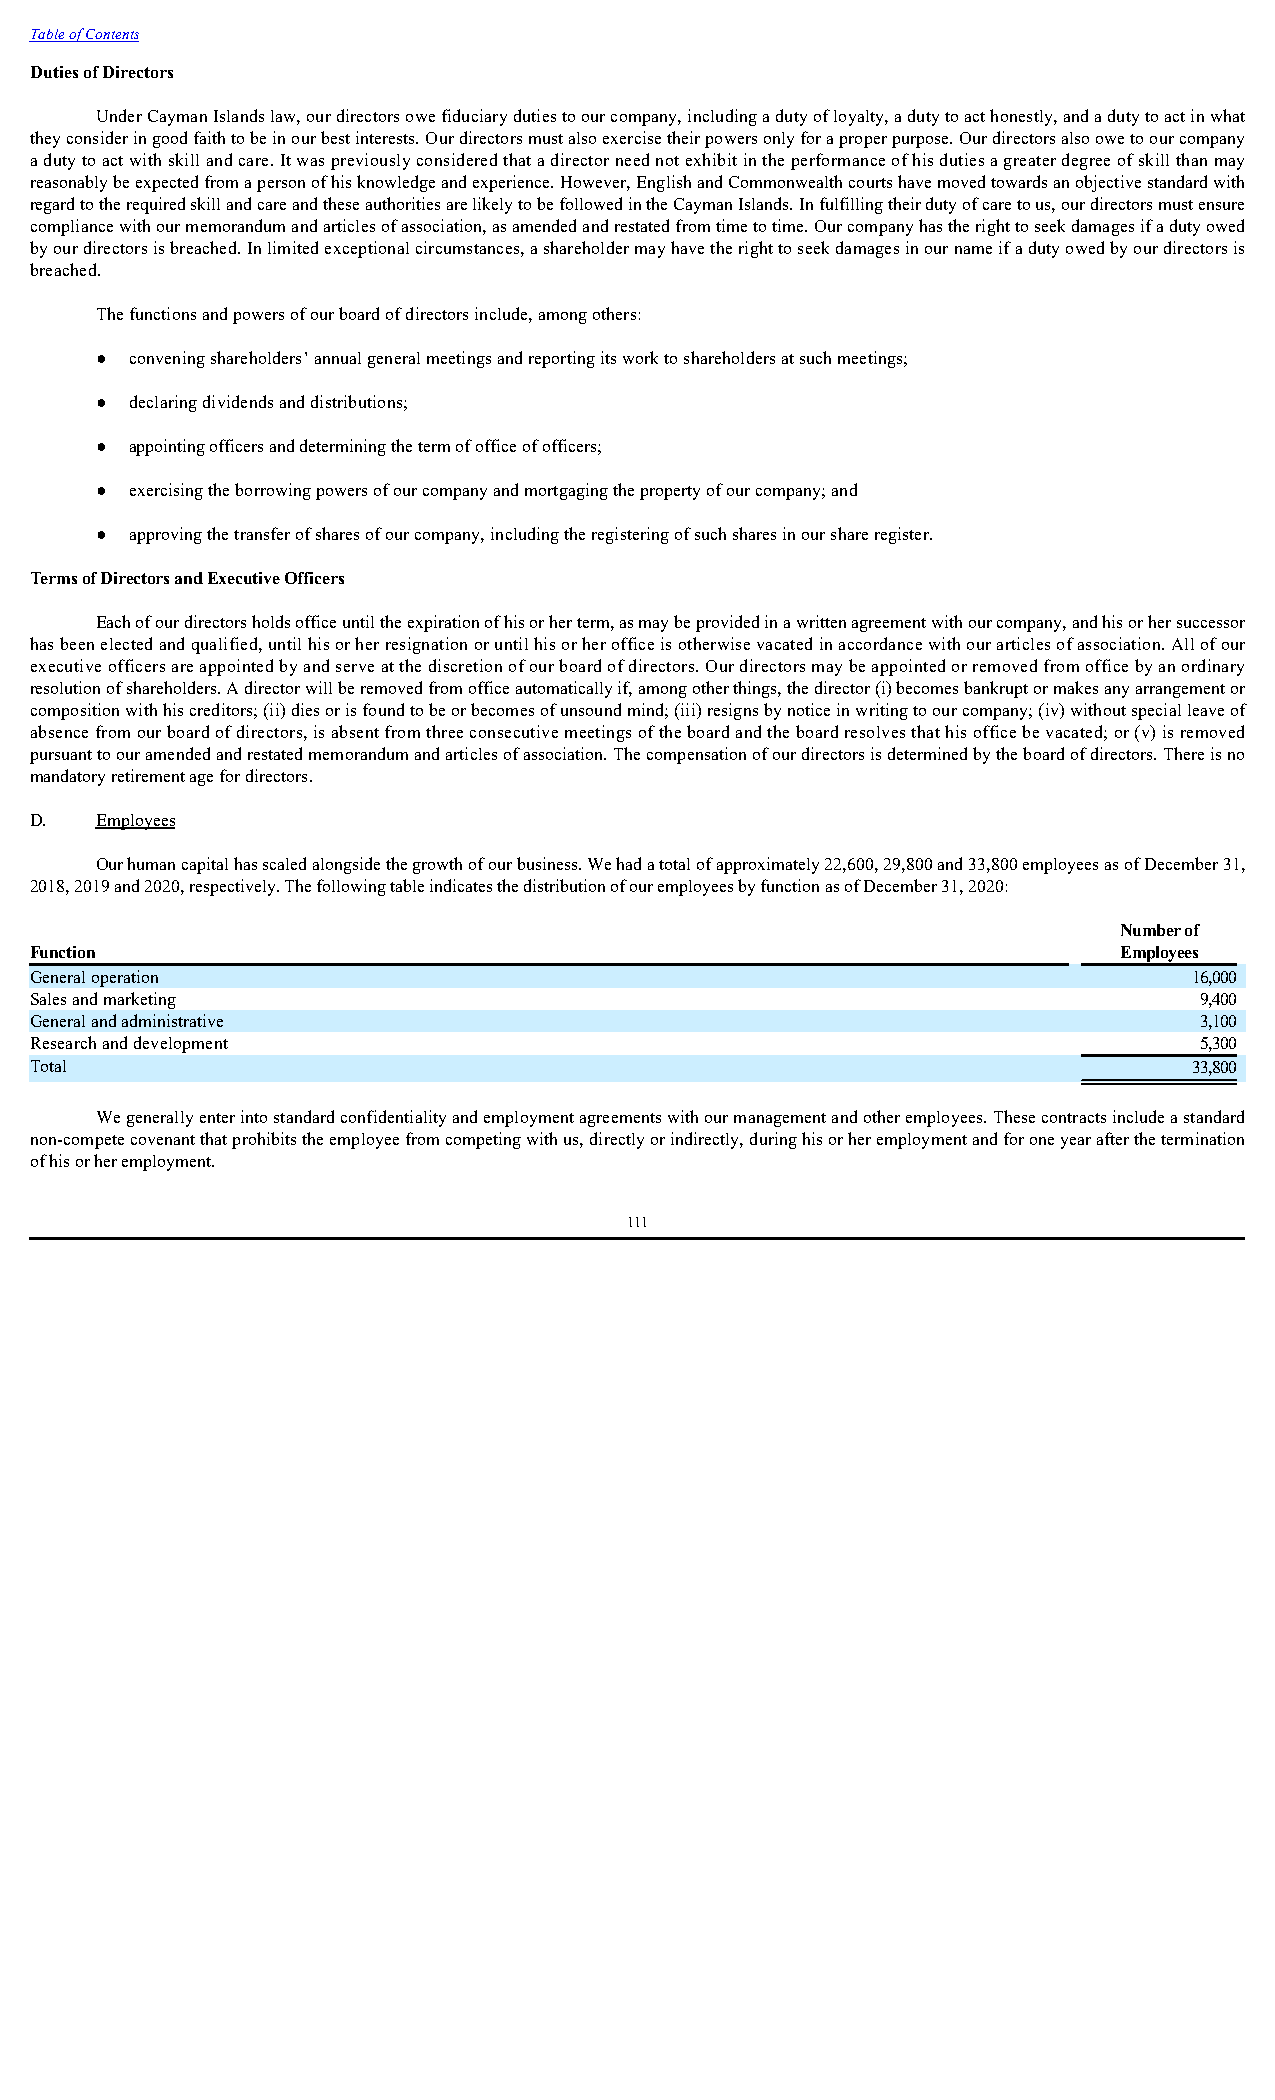
Table of Contents
 Duties of Directors
 Under Cayman Islands law, our directors owe fiduciary duties to our company, including a duty of loyalty, a duty to act honestly, and a duty to act in what
 they consider in good faith to be in our best interests. Our directors must also exercise their powers only for a proper purpose. Our directors also owe to our company
 a duty to act with skill and care. It was previously considered that a director need not exhibit in the performance of his duties a greater degree of skill than may
 reasonably be expected from a person of his knowledge and experience. However, English and Commonwealth courts have moved towards an objective standard with
 regard to the required skill and care and these authorities are likely to be followed in the Cayman Islands. In fulfilling their duty of care to us, our directors must ensure
 compliance with our memorandum and articles of association, as amended and restated from time to time. Our company has the right to seek damages if a duty owed
 by our directors is breached. In limited exceptional circumstances, a shareholder may have the right to seek damages in our name if a duty owed by our directors is
 breached.
 The functions and powers of our board of directors include, among others:
 ●  convening shareholders’ annual general meetings and reporting its work to shareholders at such meetings;
 ●  declaring dividends and distributions;
 ●  appointing officers and determining the term of office of officers;
 ●  exercising the borrowing powers of our company and mortgaging the property of our company; and
 ●  approving the transfer of shares of our company, including the registering of such shares in our share register.
 Terms of Directors and Executive Officers
 Each of our directors holds office until the expiration of his or her term, as may be provided in a written agreement with our company, and his or her successor
 has been elected and qualified, until his or her resignation or until his or her office is otherwise vacated in accordance with our articles of association. All of our
 executive officers are appointed by and serve at the discretion of our board of directors. Our directors may be appointed or removed from office by an ordinary
 resolution of shareholders. A director will be removed from office automatically if, among other things, the director (i) becomes bankrupt or makes any arrangement or
 composition with his creditors; (ii) dies or is found to be or becomes of unsound mind; (iii) resigns by notice in writing to our company; (iv) without special leave of
 absence from our board of directors, is absent from three consecutive meetings of the board and the board resolves that his office be vacated; or (v) is removed
 pursuant to our amended and restated memorandum and articles of association. The compensation of our directors is determined by the board of directors. There is no
 mandatory retirement age for directors.
 D.  Employees
 Our human capital has scaled alongside the growth of our business. We had a total of approximately 22,600, 29,800 and 33,800 employees as of December 31,
 2018, 2019 and 2020, respectively. The following table indicates the distribution of our employees by function as of December 31, 2020:
 Number of
 Function                                                                Employees
 General operation                                                            16,000
 Sales and marketing                                                          9,400
 General and administrative                                                   3,100
 Research and development                                                     5,300
 Total                                                                        33,800
 We generally enter into standard confidentiality and employment agreements with our management and other employees. These contracts include a standard
 non-compete covenant that prohibits the employee from competing with us, directly or indirectly, during his or her employment and for one year after the termination
 of his or her employment.
 111